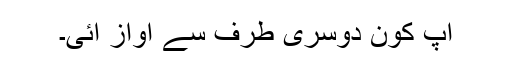
آپ کون دوسری طرف سے آواز آئی۔